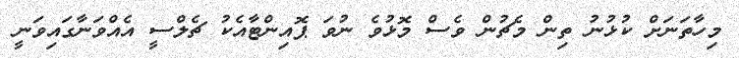
މިހާތަނަށް ކުޅުނު ތިން މެޗުން ވެސް މޮޅުވެ ނުވަ ޕޮއިންޓާއެކު ޗެލްސީ އެއްވަނާގައިވަނީ